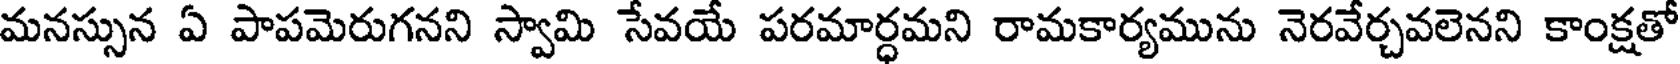
మనస్సున ఏ పాపమెరుగనని స్వామి సేవయే పరమార్ధమని రామకార్యమును నెరవేర్చవలెనని కాంక్షతో